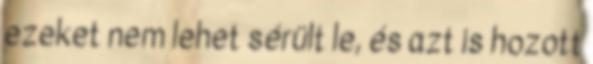
ezeket nem lehet sérült le, és azt is hozott